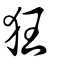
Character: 狂